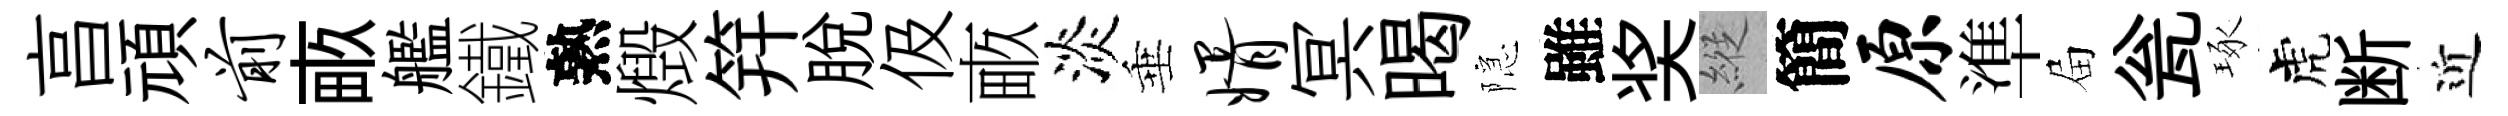
亯頑前畞艦鐵熟燬笄脱伋畞淡垂婿冥暍隠雖奖縱簡原準屇瓮琢虎断近